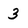
Character: 3